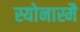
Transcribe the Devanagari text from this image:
स्योनास्मै